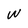
Character: W